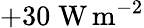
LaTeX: +30\; \mathrm{W}\, \mathrm{m}^{-2}